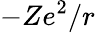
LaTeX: -Ze^{2}/r